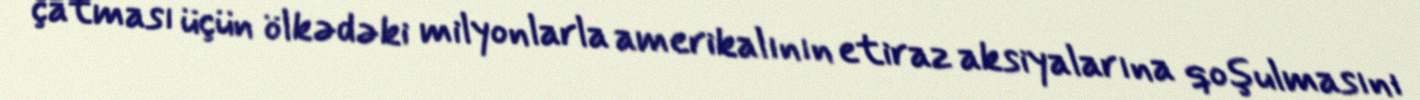
çatması üçün ölkədəki milyonlarla amerikalının etiraz aksiyalarına qoşulmasını